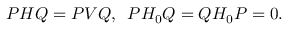
P H Q = P V Q , \, \, \, P H _ { 0 } Q = Q H _ { 0 } P = 0 .